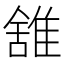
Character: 䧾